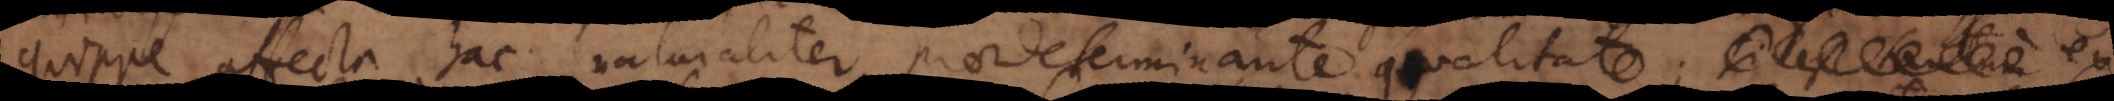
quippe affecta hac naturaliter praedeterminante qualitate; si est